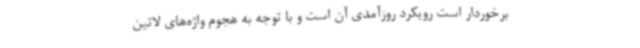
برخوردار است رویکرد روزآمدی آن است و با توجه به هجوم واژه‌های لاتین